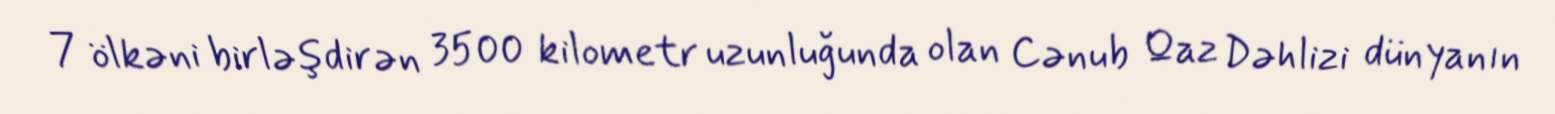
7 ölkəni birləşdirən 3500 kilometr uzunluğunda olan Cənub Qaz Dəhlizi dünyanın